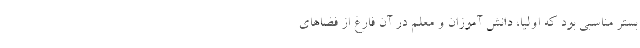
بستر مناسبی بود که اولیا، دانش آموزان و معلم در آن فارغ از فضاهای